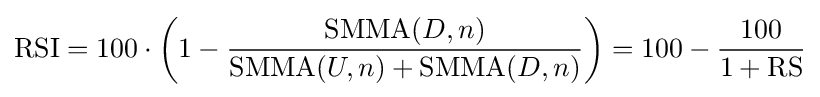
{\text{RSI}}=100\cdot \left(1-{\frac {{\text{SMMA}}(D,n)}{{\text{SMMA}}(U,n)+{\text{SMMA}}(D,n)}}\right)=100-{100 \over {1+{\text{RS}}}}